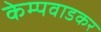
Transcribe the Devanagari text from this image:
केम्पवाडकर